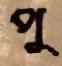
পু